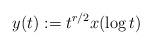
LaTeX: \begin{align*}y(t):=t^{r/2}x(\log t)\end{align*}